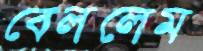
বেললেম